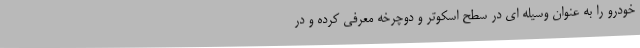
خودرو را به عنوان وسیله ای در سطح اسکوتر و دوچرخه معرفی کرده و در